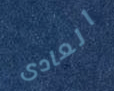
العادى